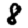
Digit: 8